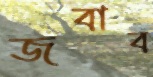
জবাব